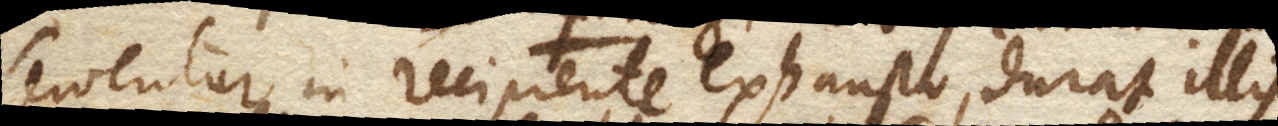
serventur in recipiente exhausto, durat illis